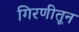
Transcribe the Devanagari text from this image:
गिरणीतून